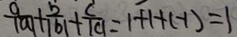
\frac { a } { \vert a \vert } + \vert \frac { b } { \vert b \vert } + \frac { \vert c \vert } { \vert c \vert } = 1 + 1 + ( - 1 ) = 1